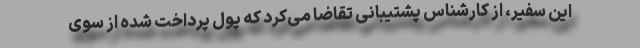
این سفیر، از کارشناس پشتیبانی تقاضا می‌کرد که پول پرداخت شده از سوی